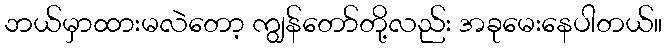
ဘယ်မှာထားမလဲတော့ ကျွန်တော်တို့လည်း အခုမေးနေပါတယ်။